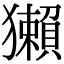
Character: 獺